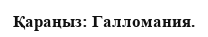
Қараңыз: Галломания.